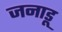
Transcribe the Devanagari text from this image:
जनाडू